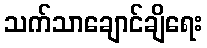
သက်သာချောင်ချိရေး